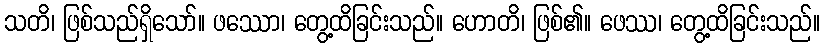
သတိ၊ ဖြစ်သည်ရှိသော်။ ဖဿော၊ တွေ့ထိခြင်းသည်။ ဟောတိ၊ ဖြစ်၏။ ဖေဿ၊ တွေ့ထိခြင်းသည်။